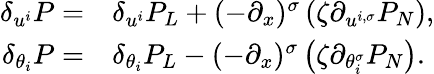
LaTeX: \begin{array}{rl}{{\delta}_{u^{i}}P=}&{{\delta}_{u^{i}}P_{L}+(-\partial_{x})^{\sigma}\left(\zeta{\partial}_{u^{i,\sigma}}P_{N}\right),}\\ {{\delta}_{\theta_{i}}P=}&{{\delta}_{\theta_{i}}P_{L}-(-\partial_{x})^{\sigma}\left(\zeta{\partial}_{\theta_{i}^{\sigma}}P_{N}\right).}\end{array}